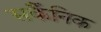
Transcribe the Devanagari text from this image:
सर्कैनिक